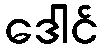
ဒေါင်